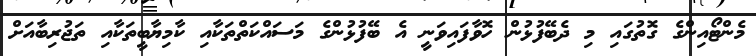
މެންޓޯއިންގެ ގޮތުގައި މި ދެބޭފުޅުން ހޮވާފައިވަނީ އެ ބޭފުޅުންގެ މަސައްކަތްތަކާއި ކާމިޔާބީތަކާއި ތަޖުރިބާއަށް